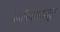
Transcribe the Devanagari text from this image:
स्वीकारातून